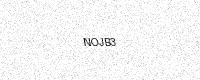
Text: NOJB3